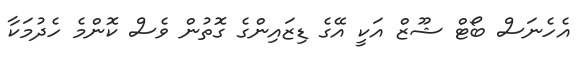
އެހެނަސް ބޯޓް ޝޫޒް އަކީ އޭގެ ޑިޒައިންގެ ގޮތުން ވެސް ކޮންމެ ހެދުމަކާ